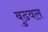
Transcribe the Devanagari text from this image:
बुढवल